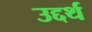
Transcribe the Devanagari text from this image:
उद्दर्थ